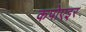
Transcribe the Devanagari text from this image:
कपोएइर